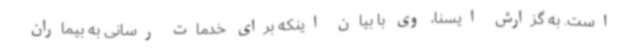
است. به گزارش ایسنا، وی با بیان اینکه برای خدمات رسانی به بیماران